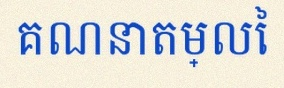
គណនាតម្លៃ